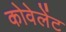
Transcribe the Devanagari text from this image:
कोवेलेंट